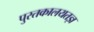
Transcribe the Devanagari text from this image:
पुस्तकालयतज्ञ